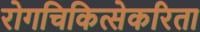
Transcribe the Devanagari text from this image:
रोगचिकित्सेकरिता